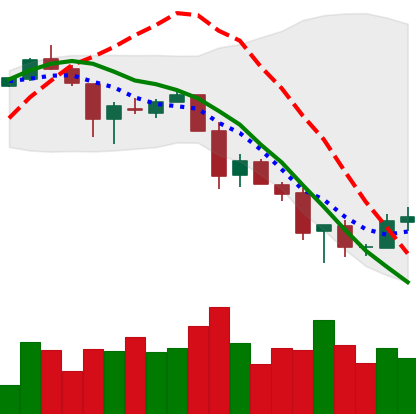
Ticker: XLM-USD
Chart end date: 2018-11-29
Forward return: -10.557%
Label: down_7plus